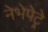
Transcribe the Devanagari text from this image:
नेभेपेट्रे